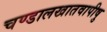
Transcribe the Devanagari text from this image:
चण्डालखातवापीषु